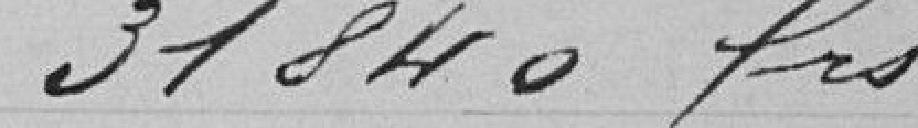
31.840 francs